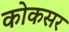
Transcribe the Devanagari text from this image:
कोकसर